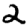
Digit: 2